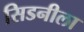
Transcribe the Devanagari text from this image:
सिडनीला